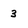
Character: 3